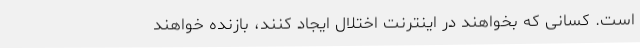
است. کسانی که بخواهند در اینترنت اختلال ایجاد کنند، بازنده خواهند